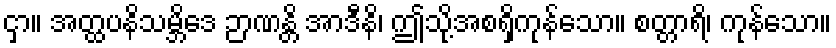
ငှာ။ အတ္ထပနိသမ္ဘိဒေ ဉာဏန္တိ အာဒီနိ၊ ဤသို့အစရှိကုန်သော။ စတ္တာရိ၊ ကုန်သော။